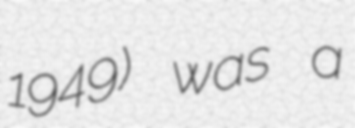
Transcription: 1949) was a